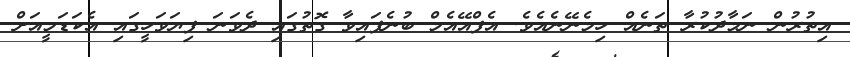
އިތުރުން ނަމާދުކުރާ ތަނެއް ހިމެނޭނެއެވެ. އެފްއޭއެމް ބުނެފައިވާ ގޮތުގައި ދެވަނަ ފިޔަވަހީގައި އެކަޑަމީއަށް